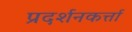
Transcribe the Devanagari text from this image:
प्रदर्शनकर्त्ता